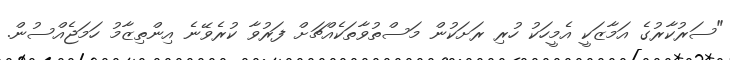
"ސަރުކާރުގެ އަމާޒަކީ އެމީހަކު ހުރި ރަށަކުން މަސްތުވާތަކެއްޗަށް ފަރުވާ ކުރެވޭނެ އިންތިޒާމު ހަމަޖެއްސުން.